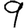
Digit: 9